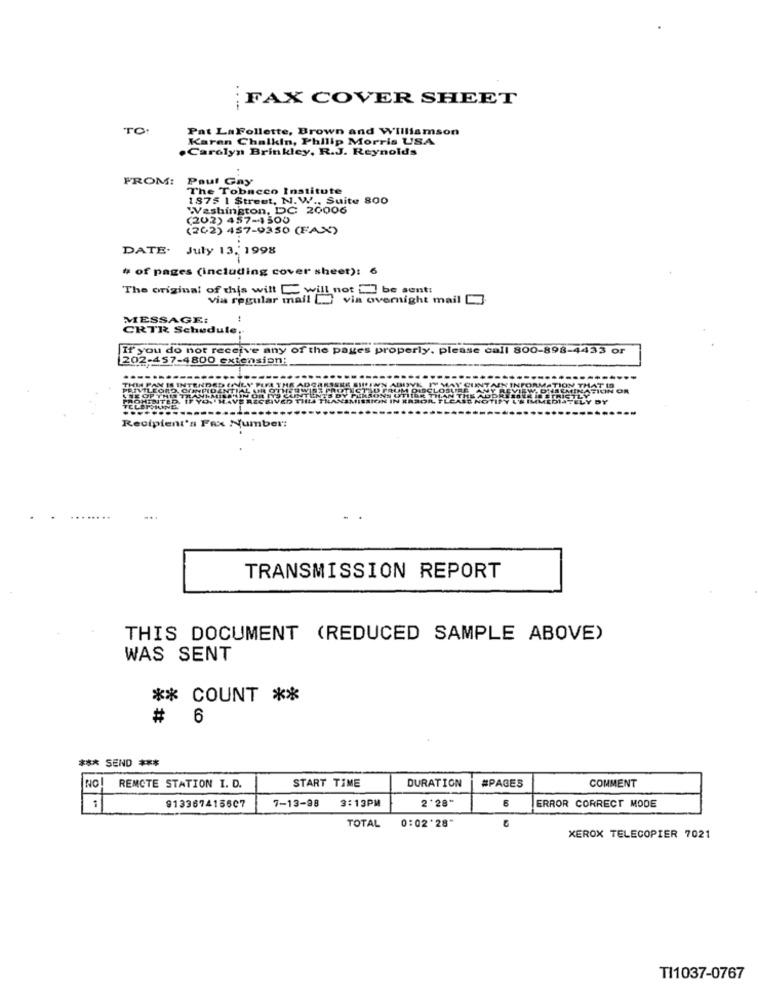
FAX COVER SHEET
.-
TO
Pat LaFollette, Brown and Williamson
Karen Chalkin, Philip Morris USA
Carolyn Brinkley, R.J. Reynolds
FROM:
Paul Gay
The Tobacco Institute
1875 1 Street, N.W ., Suite 800
Washington, DC 20006
(202) 457-4500
(262) 457-9350 (FAX)
DATE.
July 13. 1998
-
# of pages (including cover sheet):
The original of this will - will not be sent:
Via regular mail [ via overnight mail
MESSAGE:
CRTR Schedule
If you do not receive any of the pages properly. please call 800-898-4433 or
202-457-4800 extension:
INFORM
OH OR
ber:
TRANSMISSION REPORT
THIS DOCUMENT (REDUCED SAMPLE ABOVE)
WAS SENT
** COUNT **
# 6
*** SEND ***
START TIME
DURATION
#PAGES
COMMENT
NC!
REMOTE STATION I. D.
913367415607
7-13-98
3:13PM
2 '28"
ERROR CORRECT MODE
TOTAL
0:02'28"
XEROX TELECOPIER 7021
TI1037-0767